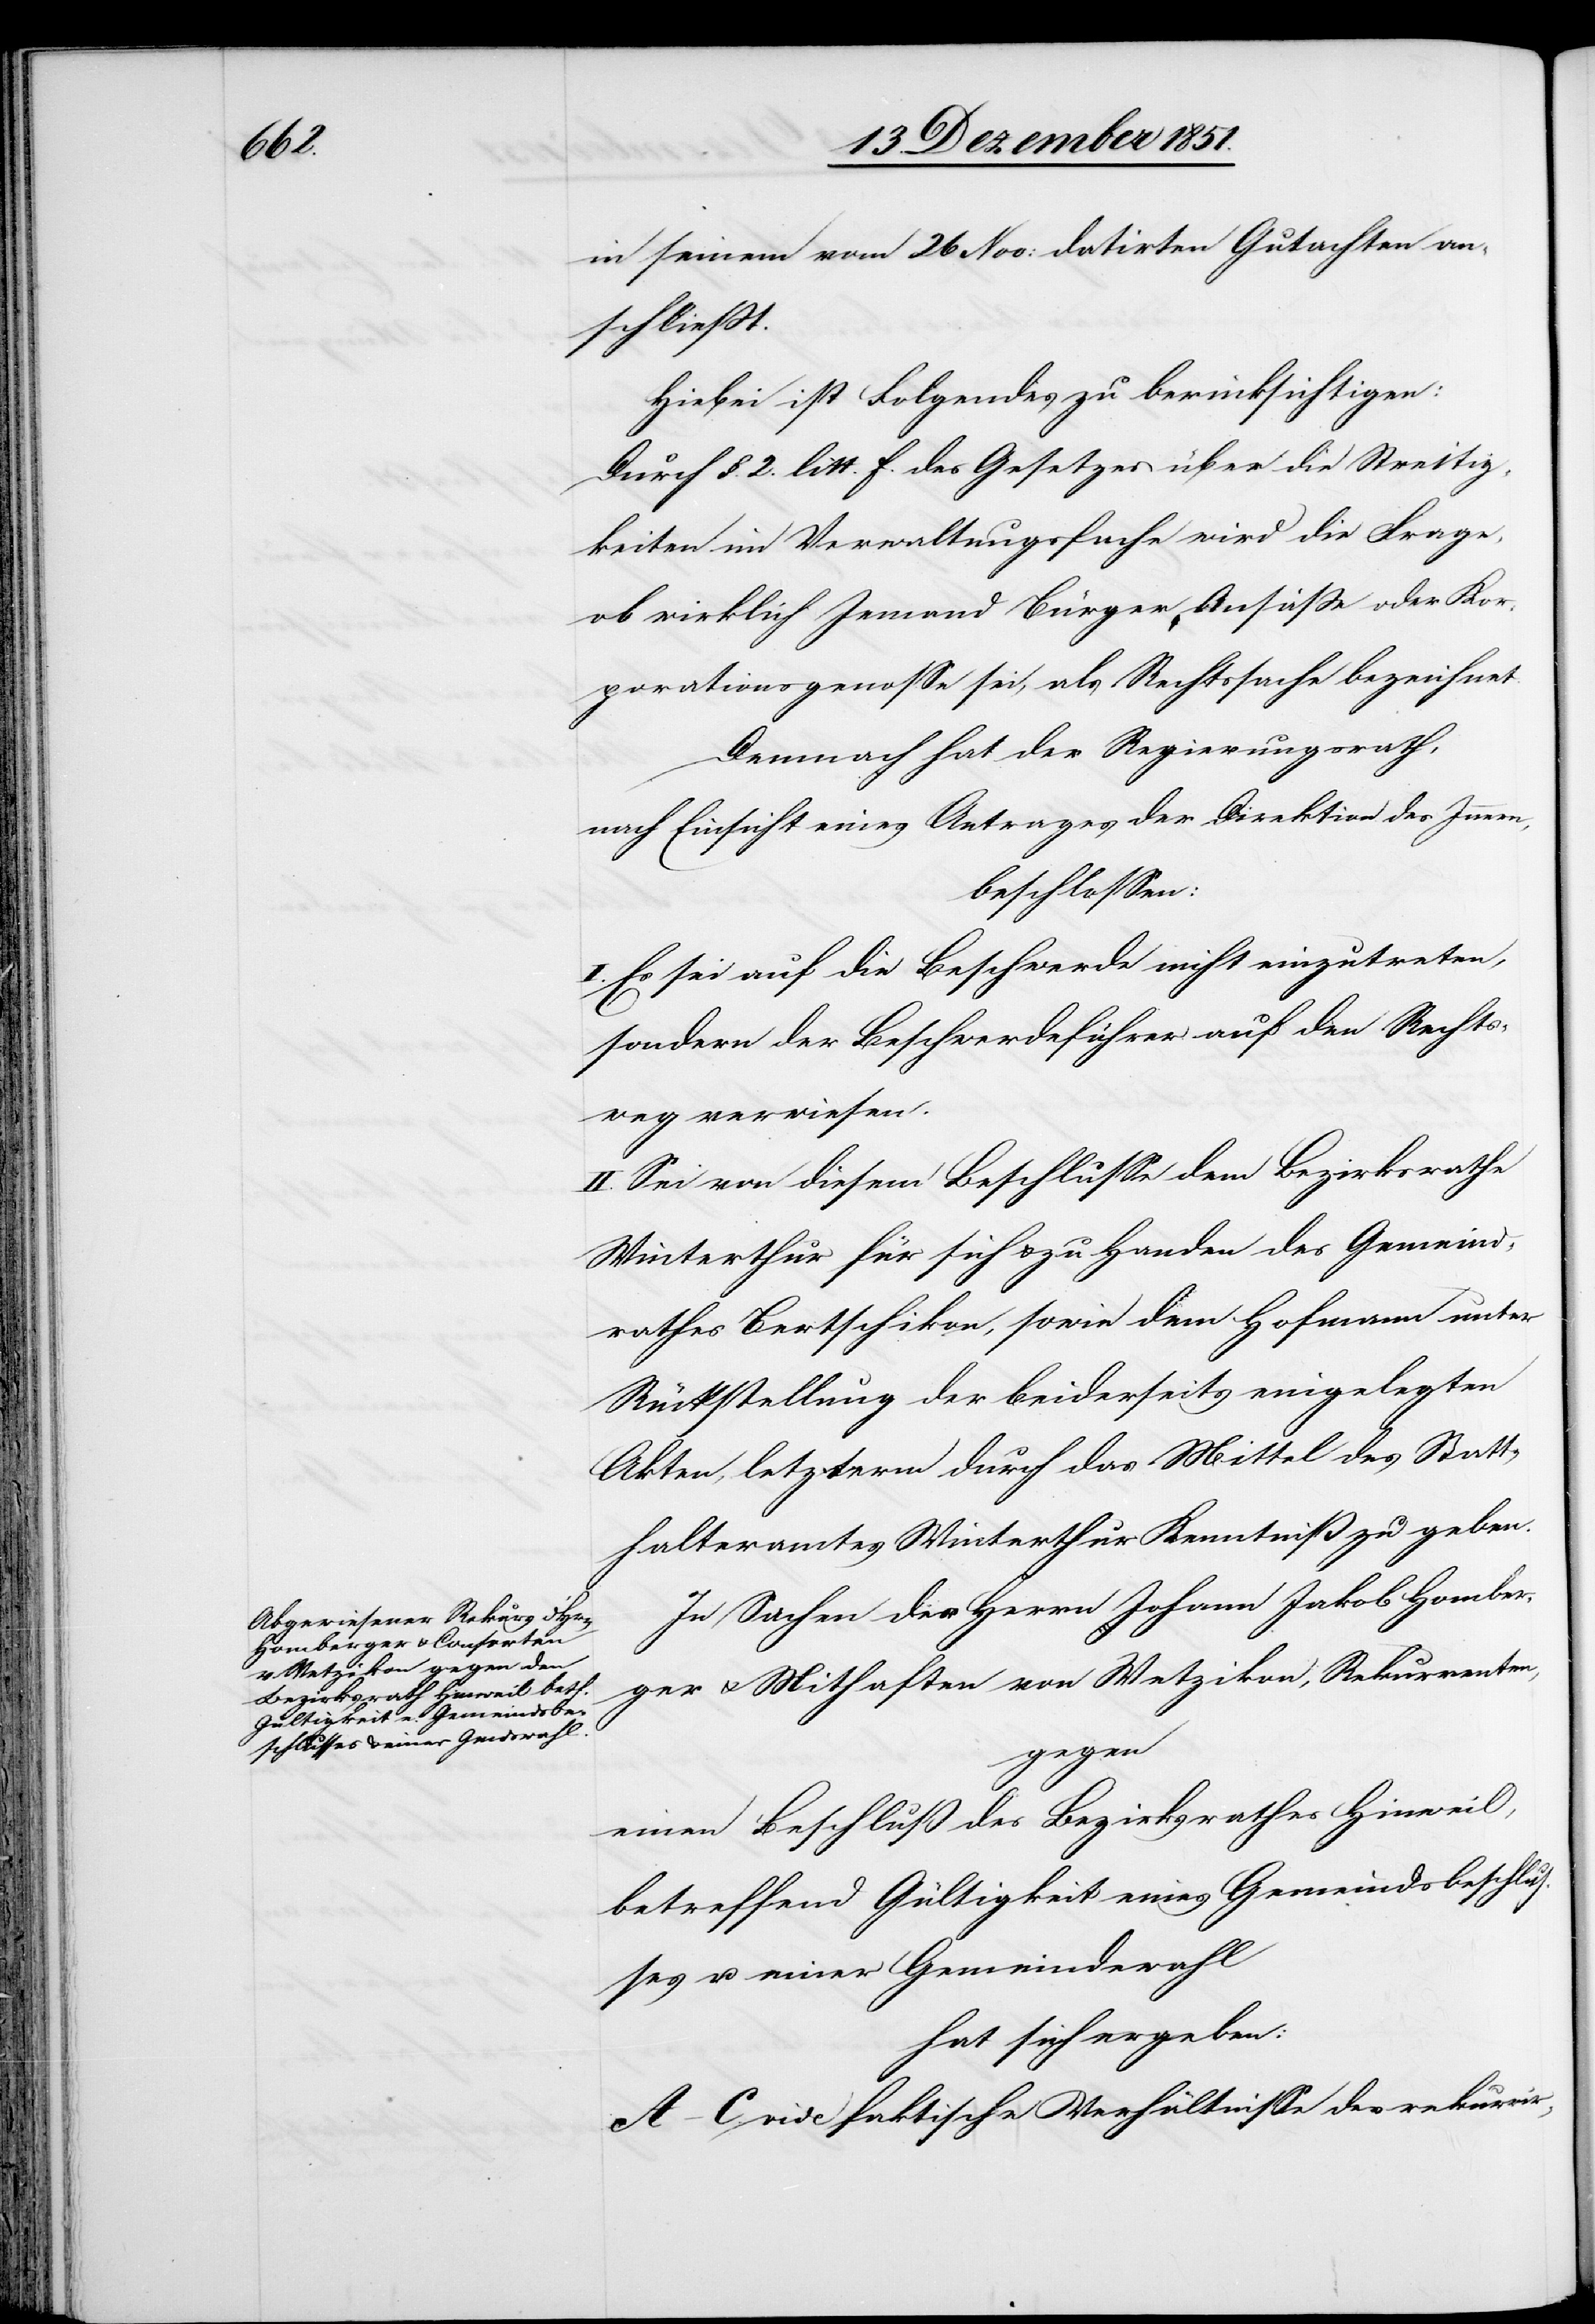
in seinem vom 26 Nov: datirten Gutachten an¬
schließt.
Hiebei ist Folgendes zu berücksichtigen:
Durch §. 2. litt. f. des Gesetzes über die Streitig¬
keiten im Verwaltungsfache wird die Frage,
ob wirklich Jemand Bürger, Ansäße oder Kor¬
porationsgenosse sei, als Rechtssache bezeichnet.
Demnach hat der Regierungsrath,
nach Einsicht eines Antrages der Direktion des Innern,
beschlossen:
I. Es sei auf die Beschwerde nicht einzutreten,
sondern der Beschwerdeführer auf den Rechts¬
weg verwiesen.
II. Sei von diesem Beschlusse dem Bezirksrathe
Winterthur für sich & zu Handen des Gemeind¬
rathes Bertschikon, sowie dem Hofmann unter
Rückstellung der beiderseits eingelegten
Akten, letzterm durch das Mittel des Statt¬
halteramtes Winterthur Kenntniß zu geben.
In Sachen des Herrn Johann Jakob Homber¬
ger & Mithaften von Wetzikon, Rekurrenten,
gegen
einen Beschluß des Bezirksrathes Hinweil,
betreffend Gültigkeit eines Gemeindsbeschlus¬
ses u. einer Gemeindewahl
hat sich ergeben:
A–C. vide faktische Verhältnisse des rekurrir-